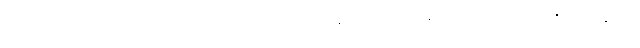
ခါတိုင်း ခေါင်းဆောင်မပါပဲ သွားလေ့ရှိသည့် စပိန်အမျိုးသမီးများက ထိုဆောင်းတွင်းတုန်းက